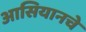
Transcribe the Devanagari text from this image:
आसियानचे